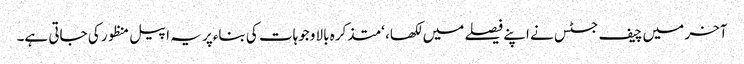
آخر میں چیف جسٹس نے اپنے فیصلے میں لکھا، ‘متذکرہ بالا وجوہات کی بناءپر یہ اپیل منظور کی جاتی ہے۔